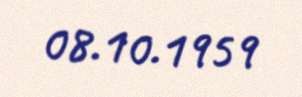
08.10.1959